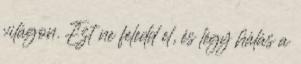
világon. Ezt ne feledd el, és légy hálás a